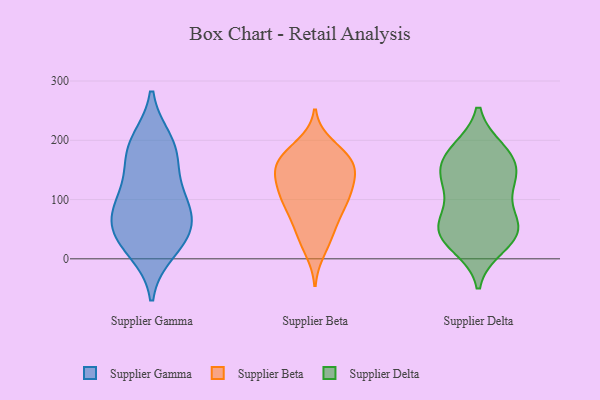
{"axis": {"x": "Temperature (°C)", "y": "Value"}, "legend": ["Supplier Beta", "Supplier Delta", "Supplier Gamma"], "data": [{"x": "", "y": 196, "type": "Supplier Gamma"}, {"x": "", "y": 177, "type": "Supplier Gamma"}, {"x": "", "y": 107, "type": "Supplier Gamma"}, {"x": "", "y": 48, "type": "Supplier Gamma"}, {"x": "", "y": 41, "type": "Supplier Gamma"}, {"x": "", "y": 83, "type": "Supplier Gamma"}, {"x": "", "y": 178, "type": "Supplier Gamma"}, {"x": "", "y": 49, "type": "Supplier Gamma"}, {"x": "", "y": 101, "type": "Supplier Gamma"}, {"x": "", "y": 16, "type": "Supplier Gamma"}, {"x": "", "y": 160, "type": "Supplier Beta"}, {"x": "", "y": 70, "type": "Supplier Beta"}, {"x": "", "y": 147, "type": "Supplier Beta"}, {"x": "", "y": 96, "type": "Supplier Beta"}, {"x": "", "y": 100, "type": "Supplier Beta"}, {"x": "", "y": 34, "type": "Supplier Beta"}, {"x": "", "y": 178, "type": "Supplier Beta"}, {"x": "", "y": 96, "type": "Supplier Beta"}, {"x": "", "y": 177, "type": "Supplier Beta"}, {"x": "", "y": 140, "type": "Supplier Beta"}, {"x": "", "y": 43, "type": "Supplier Beta"}, {"x": "", "y": 162, "type": "Supplier Beta"}, {"x": "", "y": 123, "type": "Supplier Beta"}, {"x": "", "y": 117, "type": "Supplier Beta"}, {"x": "", "y": 192, "type": "Supplier Beta"}, {"x": "", "y": 160, "type": "Supplier Beta"}, {"x": "", "y": 155, "type": "Supplier Beta"}, {"x": "", "y": 114, "type": "Supplier Beta"}, {"x": "", "y": 70, "type": "Supplier Beta"}, {"x": "", "y": 14, "type": "Supplier Beta"}, {"x": "", "y": 60, "type": "Supplier Delta"}, {"x": "", "y": 112, "type": "Supplier Delta"}, {"x": "", "y": 48, "type": "Supplier Delta"}, {"x": "", "y": 178, "type": "Supplier Delta"}, {"x": "", "y": 22, "type": "Supplier Delta"}, {"x": "", "y": 68, "type": "Supplier Delta"}, {"x": "", "y": 183, "type": "Supplier Delta"}, {"x": "", "y": 47, "type": "Supplier Delta"}, {"x": "", "y": 143, "type": "Supplier Delta"}, {"x": "", "y": 156, "type": "Supplier Delta"}, {"x": "", "y": 178, "type": "Supplier Delta"}, {"x": "", "y": 47, "type": "Supplier Delta"}, {"x": "", "y": 137, "type": "Supplier Delta"}, {"x": "", "y": 32, "type": "Supplier Delta"}, {"x": "", "y": 125, "type": "Supplier Delta"}]}